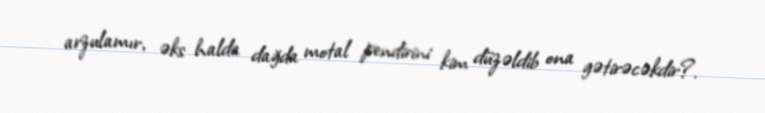
arzulamır, əks halda dağda motal pendirini kim düzəldib ona gətirəcəkdir?.